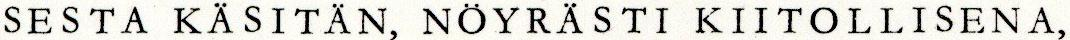
SESTA KÄSITÄN, NÖYRÄSTI KIITOLLISENA,